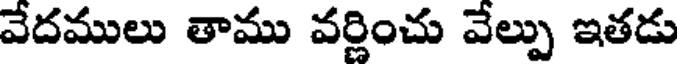
వేదములు తాము వర్ణించు వేల్పు ఇతడు